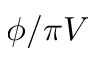
\phi / \pi V